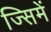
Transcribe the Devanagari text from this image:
ज्सिमें